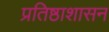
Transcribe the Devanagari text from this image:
प्रतिष्ठाशासन